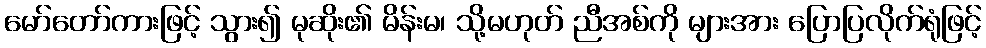
မော်တော်ကားဖြင့် သွား၍ မုဆိုး၏ မိန်းမ၊ သို့မဟုတ် ညီအစ်ကို များအား ပြောပြလိုက်ရုံဖြင့်